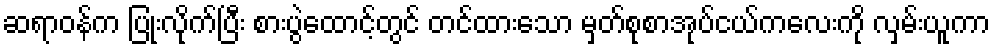
ဆရာဝန်က ပြုံးလိုက်ပြီး စားပွဲထောင့်တွင် တင်ထားသော မှတ်စုစာအုပ်ငယ်ကလေးကို လှမ်းယူကာ